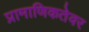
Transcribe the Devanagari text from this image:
प्रामाणिकतेवर